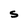
Character: S